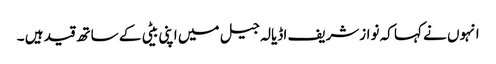
انہوں نے کہا کہ نوازشریف اڈیالہ جیل میں اپنی بیٹی کے ساتھ قید ہیں ۔